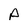
Character: A